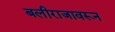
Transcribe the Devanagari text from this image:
बलीराजावरून